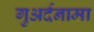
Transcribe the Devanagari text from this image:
गुअर्दनामा